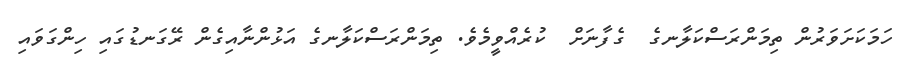
ހަމަކަށަވަރުން ތިމަންރަސްކަލާނގެ  ގެފާނަށް  ކުރެއްވީމެވެ. ތިމަންރަސްކަލާނގެ އަޅުންނާއިގެން ރޭގަނޑުގައި ހިންގަވައި